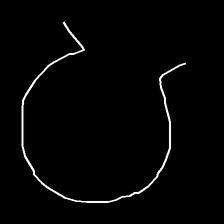
Glyph: weave